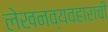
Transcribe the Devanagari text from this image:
लेखनव्यवहाराची